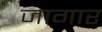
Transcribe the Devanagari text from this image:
जागार